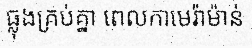
ធ្លុងគ្រប់គ្នា ពេលកាមេរ៉ាម៉ាន់